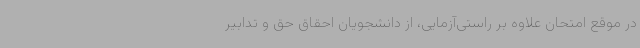
در موقع امتحان علاوه بر راستی‌آزمایی، از دانشجویان احقاق حق و تدابیر